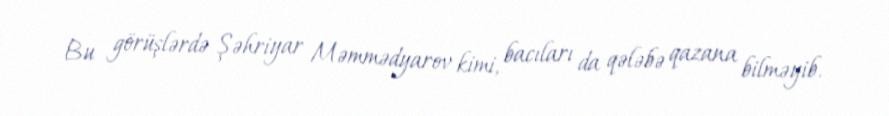
Bu görüşlərdə Şəhriyar Məmmədyarov kimi, bacıları da qələbə qazana bilməyib.